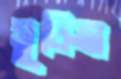
সূচিত্রা